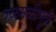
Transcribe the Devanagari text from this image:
तळमळीमुळे